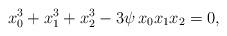
LaTeX: \begin{align*}x_0^3 + x_1^3 + x_2^3 -3\psi\,x_0x_1x_2=0,\end{align*}